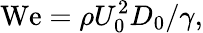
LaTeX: \mathrm{We}=\rho U_{0}^{2}D_{0}/\gamma,